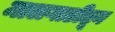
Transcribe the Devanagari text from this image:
मालगाडीतून